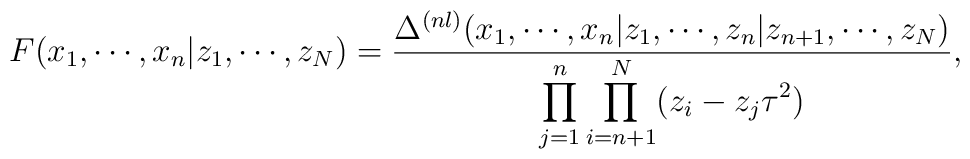
F(x_1 , \cdots , x_n | z_1 , \cdots ,z_N )=\frac{\Delta ^{(n l)}(x_1 , \cdots , x_n | z_1 , \cdots , z_n |                      z_{n+1}, \cdots , z_N )}      {\displaystyle\prod_{j=1}^{n}\prod_{i=n+1}^{N}       (z_i -z_j \tau ^2 )},